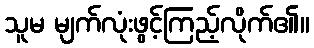
သူမ မျက်လုံးဖွင့်ကြည့်လိုက်၏။